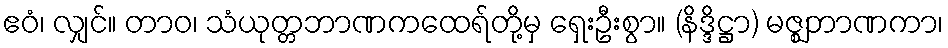
ဧဝံ၊ လျှင်။ တာဝ၊ သံယုတ္တဘာဏကထေရ်တို့မှ ရှေးဦးစွာ။ (နိဒ္ဒိဋ္ဌာ) မဇ္ဈဘာဏကာ၊